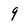
Character: 9